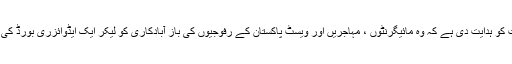
سات نکاتی فارمولہ میں مرکزی وزیر داخلہ نے ریاستی حکومت کو ہدایت دی ہے کہ وہ مائیگرنٹوں ، مہاجریں اور ویسٹ پاکستان کے رفوجیوں کی باز آبادکاری کو لیکر ایک ایڈوائزری بورڈ کی تشکی عمل میں لائیں تاکہ ان کی شکایات کا ازالہ کیا جا سکے ۔